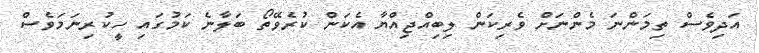
އަދިވެސް ތިމަންނަ މެންނަށް ވެރިކަން ލިބިއްޖިއްޔާ އެކަން ކުރެވޭތޯ ބަލާނެ ކަމުގައި ހީކުރިނަމަވެސް